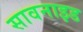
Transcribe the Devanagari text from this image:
सावनाइड